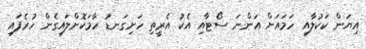
އިޔަން ކަކުލާއި ހަމައަށް އަންނަ ސޯޓާއި އެކު އެރީތި ހަށިގަނޑު ހާމަކޮށްލައިގެން ހުރެފައި